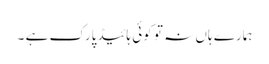
ہمارے ہاں نہ تو کوئی ہائیڈپارک ہے ۔